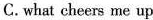
C.what cheers me up